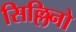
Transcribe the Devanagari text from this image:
सिल्लिनो